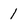
Character: 1